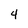
Character: 4